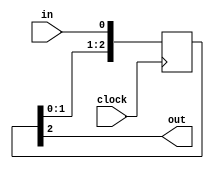
/*
 * HIFIFO: Harmon Instruments PCI Express to FIFO
 * Copyright (C) 2014 Harmon Instruments, LLC
 *
 * This program is free software: you can redistribute it and/or modify
 * it under the terms of the GNU General Public License as published by
 * the Free Software Foundation, either version 3 of the License, or
 * (at your option) any later version.
 *
 * This program is distributed in the hope that it will be useful,
 * but WITHOUT ANY WARRANTY; without even the implied warranty of
 * MERCHANTABILITY or FITNESS FOR A PARTICULAR PURPOSE.  See the
 * GNU General Public License for more details.
 *
 * You should have received a copy of the GNU General Public License
 * along with this program.  If not, see <http://www.gnu.org/licenses/
 */

module sync
  (
   input  clock,
   input  in,
   output out
   );

   (* ASYNC_REG="TRUE", TIG="TRUE" *) reg [2:0] sreg = 0;
   always @(posedge clock)
     sreg <= {sreg[1:0], in};
   assign out = sreg[2];
endmodule

module one_shot
  (
   input      clock,
   input      in,
   output reg out = 0
   );
   reg 	      in_prev = 0;
   always @(posedge clock)
     begin
	in_prev <= in;
	out <= in & ~in_prev;
     end
endmodule

module pulse_stretch
  (
   input      clock,
   input      in,
   output reg out = 0
   );
   parameter NB=3;
   reg [NB-1:0] count = 0;
   always @(posedge clock)
     begin
	if(in)
	  count <= 1'b1;
	else
	  count <= count + (count != 0);
	out <= in | (count != 0);
     end
endmodule

module sync_oneshot(input clock, input in, output out);
   wire synced;
   sync sync(.clock(clock), .in(in), .out(synced));
   one_shot one_shot(.clock(clock), .in(synced), .out(out));
endmodule

module sync_pulse (input clock_in, input clock_out, input in, output out);
   parameter NB = 3;
   wire stretched;
   pulse_stretch #(.NB(NB)) stretch
     (.clock(clock_in), .in(in), .out(stretched));
   sync_oneshot sync_ons (.clock(clock_out), .in(stretched), .out(out));
endmodule